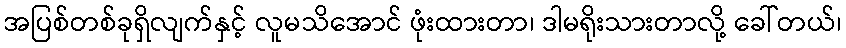
အပြစ်တစ်ခုရှိလျက်နှင့် လူမသိအောင် ဖုံးထားတာ၊ ဒါမရိုးသားတာလို့ ခေါ်တယ်၊